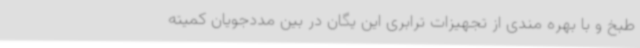
طبخ و با بهره مندی از تجهیزات ترابری این یگان در بین مددجویان کمیته